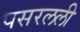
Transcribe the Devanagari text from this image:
पसरलली